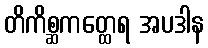
တိကိစ္ဆကတ္ထေရ အပဒါန